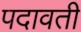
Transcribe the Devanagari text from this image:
पदावती